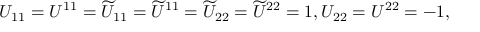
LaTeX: U _ { 1 1 } = U ^ { 1 1 } = \widetilde { U } _ { 1 1 } = \widetilde { U } ^ { 1 1 } = \widetilde { U } _ { 2 2 } = \widetilde { U } ^ { 2 2 } = 1 , U _ { 2 2 } = U ^ { 2 2 } = - 1 ,